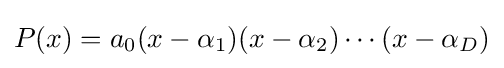
P(x)=a_{0}(x-\alpha _{1})(x-\alpha _{2})\cdots (x-\alpha _{D})